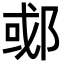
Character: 𬪇